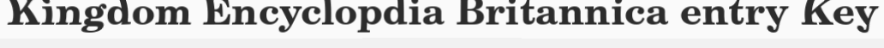
Kingdom Encyclopdia Britannica entry Key